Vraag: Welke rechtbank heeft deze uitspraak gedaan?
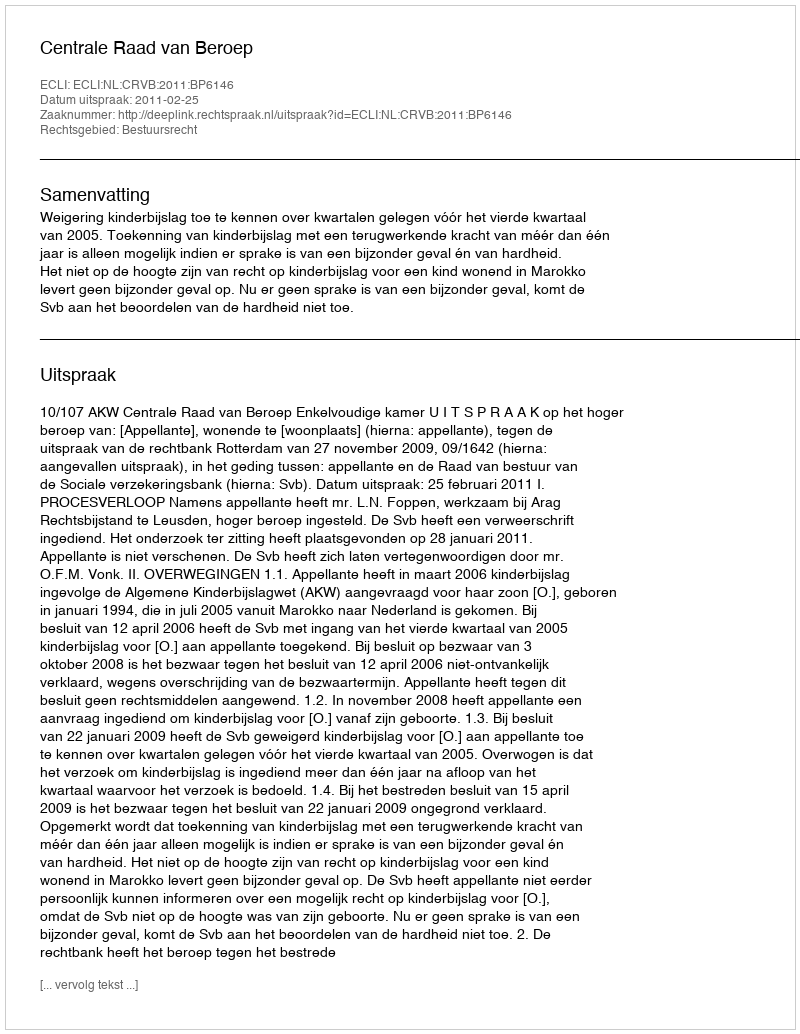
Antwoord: Centrale Raad van Beroep